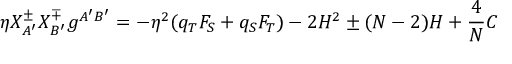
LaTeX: \eta X _ { A ^ { \prime } } ^ { \pm } X _ { B ^ { \prime } } ^ { \mp } g ^ { A ^ { \prime } B ^ { \prime } } = - \eta ^ { 2 } ( q _ { T } F _ { S } + q _ { S } F _ { T } ) - 2 H ^ { 2 } \pm ( N - 2 ) H + \frac { 4 } { N } C